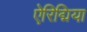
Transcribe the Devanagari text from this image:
ऐरिद्मिया